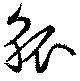
觚